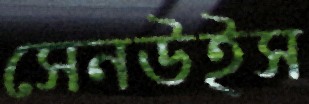
সেনউইস